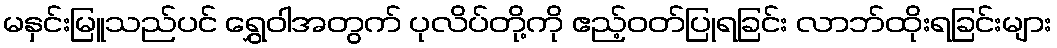
မနှင်းမြူသည်ပင် ရွှေဝါအတွက် ပုလိပ်တို့ကို ဧည့်ဝတ်ပြုရခြင်း လာဘ်ထိုးရခြင်းများ